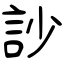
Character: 訬